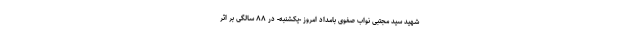
شهید سید مجتبی نواب صفوی بامداد امروز -یکشنبه- در ۸۸ سالگی بر اثر